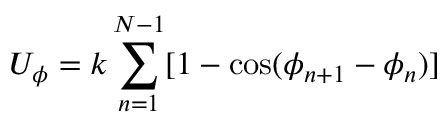
U _ { \phi } = k \sum _ { n = 1 } ^ { N - 1 } [ 1 - \cos ( \phi _ { n + 1 } - \phi _ { n } ) ]